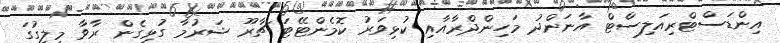
އިންޑަސްޓްރިއަލިސްޓް އާނަންދު މަހިންދްރާއާއި ކުޅިވަރު ކޮމެންޓޭޓަ ޗާރޫ ޝަރުމާ ގުޅިގެން ރާވާ މިލީގުގަ